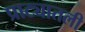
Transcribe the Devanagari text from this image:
प्राट्यातली